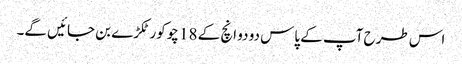
اس طرح آپ کے پاس دو دو انچ کے 18 چوکور ٹکڑے بن جائیں گے۔